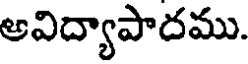
అవిద్యాపాదము.